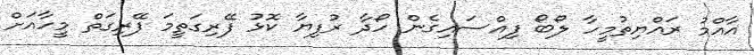
އާއްމު ރައްޔިތުމީހާ ލޯބޯ ފިއްސައިގެން ހޯދާ ރުފިޔާ ކޮޅު ފޭރިގަތީމަ ފޭރިގަތް މީހާއަށް